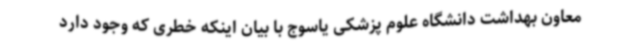
معاون بهداشت دانشگاه علوم پزشکی یاسوج با بیان اینکه خطری که وجود دارد